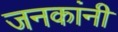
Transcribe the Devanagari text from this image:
जनकांनी